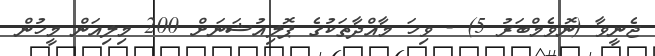
ޖެނީވާ (ނޮވެމްބަރު 5) - ވިހަ މާއްދާތަކުގެ ޕޮލިއުޝަނަށް 200 މިލިއަން މީހުން